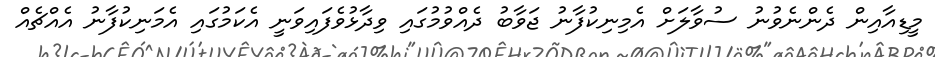
މީޑިއާއިން ދެންނެވުނު ސުވާލަށް އެމިނިކުފާނު ޖަވާބު ދެއްވުމުގައި ވިދާޅުވެފައިވަނީ އެކަމުގައި އެމަނިކުފާނު އެއްޗެއް